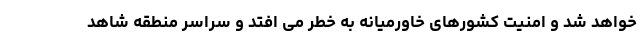
خواهد شد و امنیت کشورهای خاورمیانه به خطر می افتد و سراسر منطقه شاهد